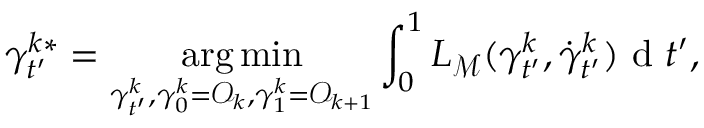
\gamma _ { t ^ { \prime } } ^ { k * } = \underset { \gamma _ { t ^ { \prime } } ^ { k } , \gamma _ { 0 } ^ { k } = \mathcal { O } _ { k } , \gamma _ { 1 } ^ { k } = \mathcal { O } _ { k + 1 } } { \arg \operatorname* { m i n } } \int _ { 0 } ^ { 1 } L _ { { \mathcal { M } } } ( \gamma _ { t ^ { \prime } } ^ { k } , \dot { \gamma } _ { t ^ { \prime } } ^ { k } ) \mathrm { ~ d ~ } t ^ { \prime } ,